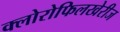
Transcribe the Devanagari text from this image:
क्लोरोफिलखेरीज